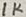
Text: 1K